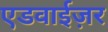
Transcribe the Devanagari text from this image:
एडवाईज़र